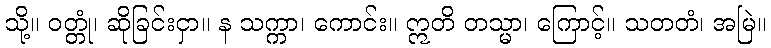
သို့။ ဝတ္တုံ၊ ဆိုခြင်းငှာ။ န သက္ကာ၊ ကောင်း။ ဣတိ တသ္မာ၊ ကြောင့်။ သတတံ၊ အမြဲ။